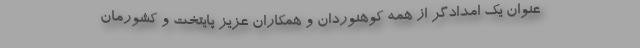
عنوان یک امدادگر از همه کوهنوردان و همکاران عزیز پایتخت و کشورمان